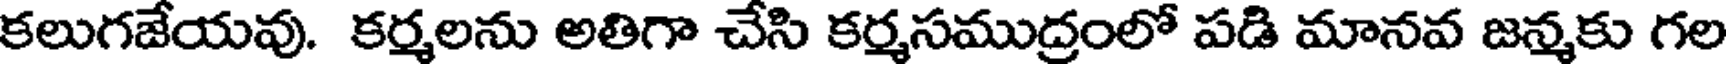
కలుగజేయవు. కర్మలను అతిగా చేసి కర్మసముద్రంలో పడి మానవ జన్మకు గల